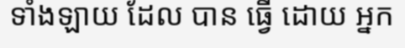
ទាំងឡាយ ដែល បាន ធ្វើ ដោយ អ្នក